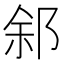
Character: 䣄